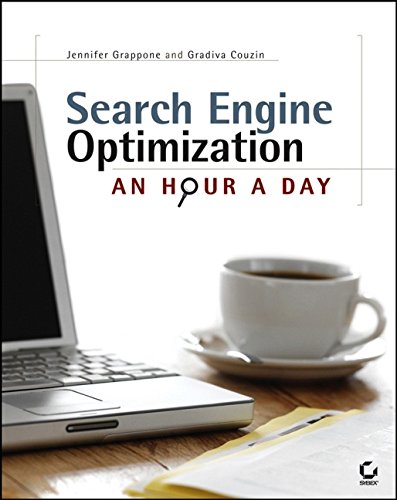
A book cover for Search Engine Optimization: An Hour a Day; Jennifer Grappone; Computers & Technology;